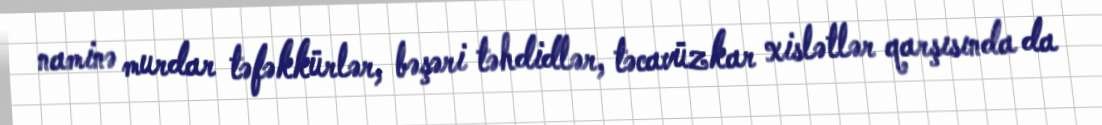
naminə murdar təfəkkürlər, bəşəri təhdidlər, təcavüzkar xislətlər qarşısında da